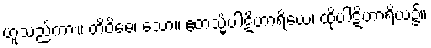
ဟူသည်ကား။ တိဝိဓေ၊ သော။ ဧတသ္မိံပါဋိဟာရိယေ၊ ထိုပါဋိဟာရိယ၌။